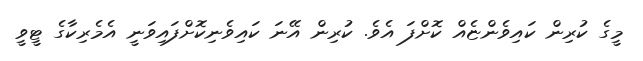
މީގެ ކުރިން ކައިވެންޏެއް ކޮށްފަ އެވެ. ކުރިން އޭނަ ކައިވެނިކޮށްފައިވަނީ އެމެރިކާގެ ޓީވީ